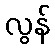
လွန်